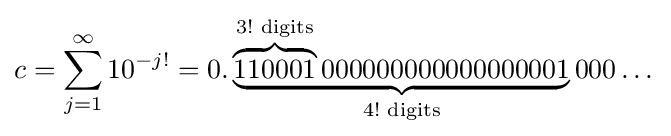
c=\sum _{j=1}^{\infty }10^{-j!}=0.\underbrace {\overbrace {110001} ^{3!{\text{ digits}}}000000000000000001} _{4!{\text{ digits}}}000\dots